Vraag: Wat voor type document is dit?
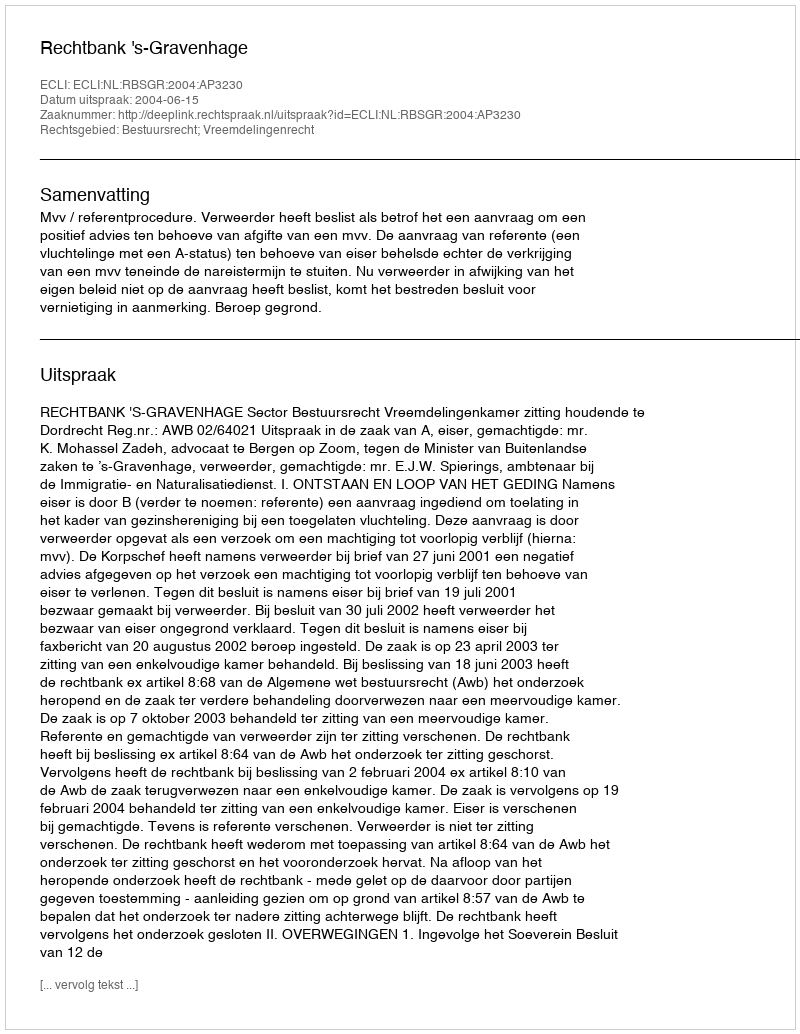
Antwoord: Uitspraak